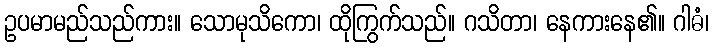
ဥပမာမည်သည်ကား။ သောမုသိကော၊ ထိုကြွက်သည်။ ဂသိတာ၊ နေကားနေ၏။ ဂါဓံ၊